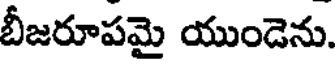
బీజరూపమై యుండెను.